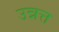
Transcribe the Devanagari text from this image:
उन्नत्त